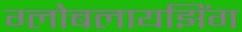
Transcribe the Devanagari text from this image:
ग्लोबलायझिंग